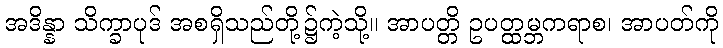
အဒိန္နာ သိက္ခာပုဒ် အစရှိသည်တို့၌ကဲ့သို့။ အာပတ္တိ ဥပတ္ထမ္ဘကရာစ၊ အာပတ်ကို